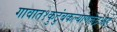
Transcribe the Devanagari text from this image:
गावात१कुटुंबकल्याणकेंद्रआहे